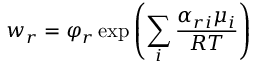
w _ { r } = \varphi _ { r } \exp \left( \sum _ { i } { \frac { \alpha _ { r i } \mu _ { i } } { R T } } \right)